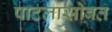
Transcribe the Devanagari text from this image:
पाटलासोबत